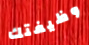
وظيفتك